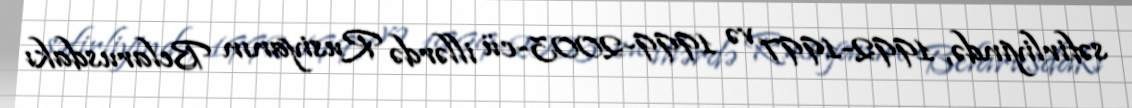
səfirliyində, 1992-1997 və 1999-2003-cü illərdə Rusiyanın Belarusdakı